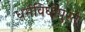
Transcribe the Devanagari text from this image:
धर्मविधींपुरते